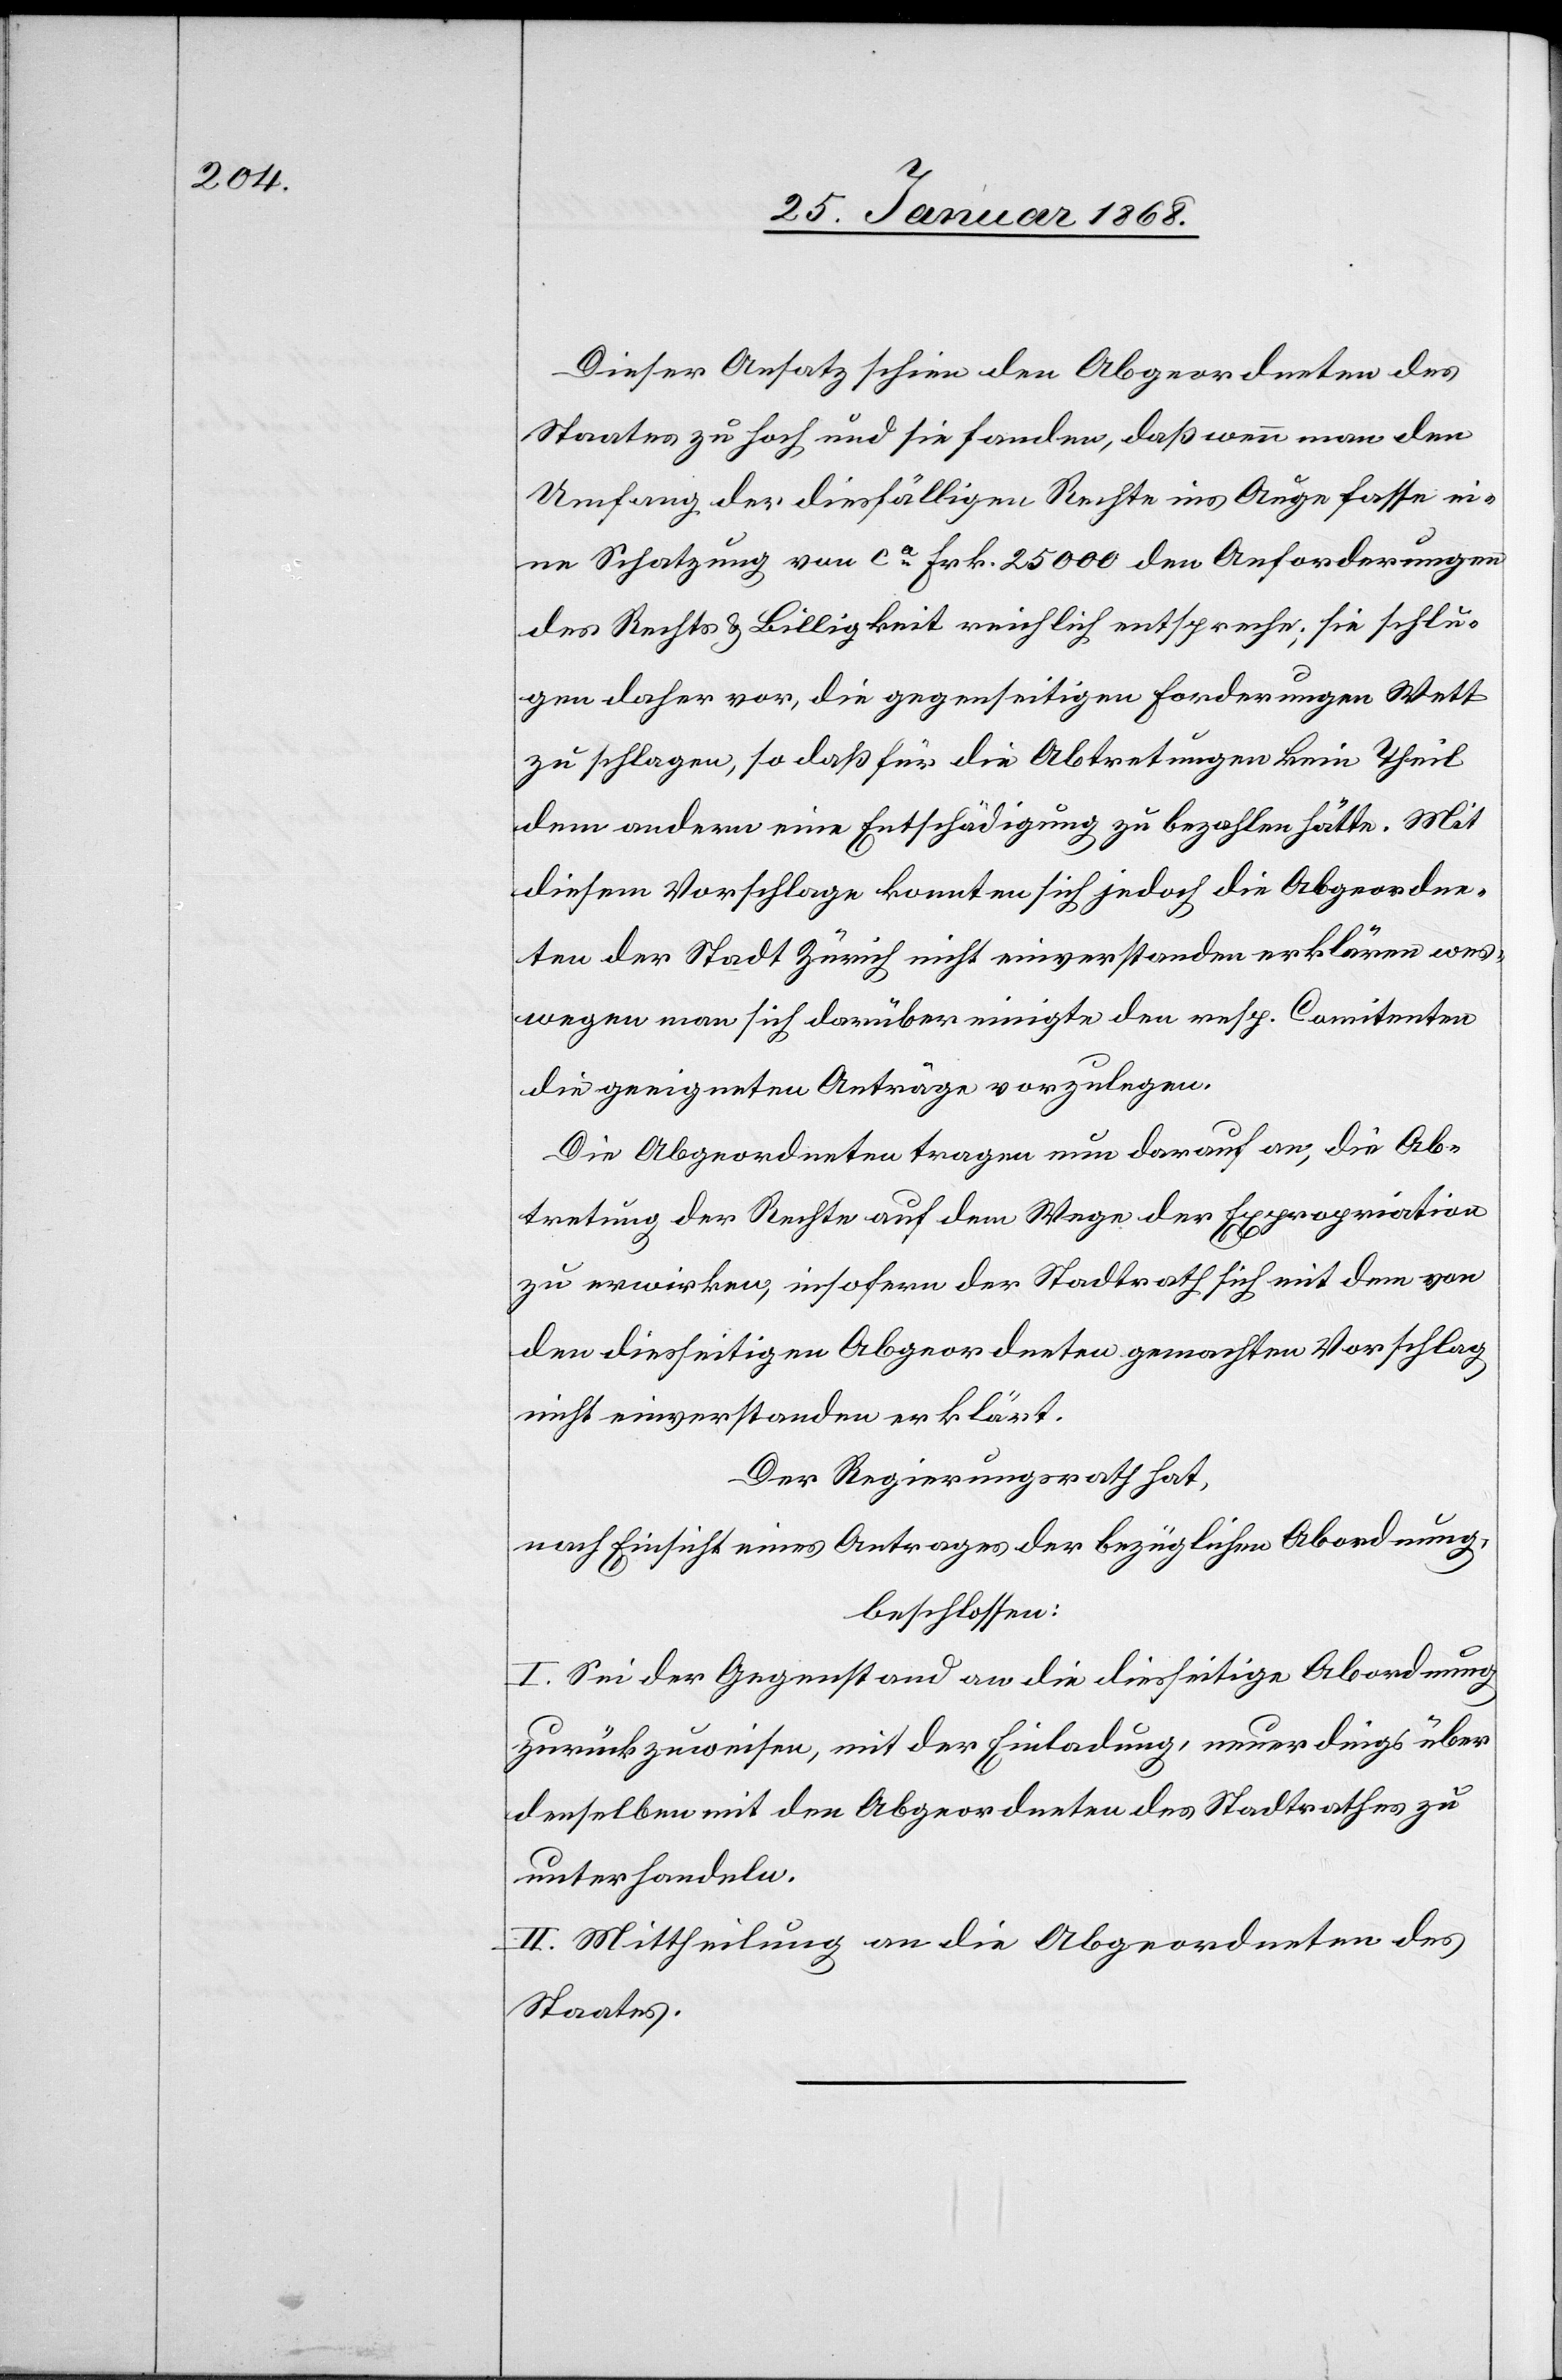
Dieser Ansatz schien den Abgeordneten des
Staates zu hoch und sie fanden, daß wenn man den
Umfang der diesfälligen Rechte ins Auge fasse ei¬
ne Schatzung von ca. Frk. 25 000 den Anforderungen
des Rechts & Billigkeit reichlich entspreche; sie schlu¬
gen daher vor, die gegenseitigen Forderungen Wett
zu schlagen, so daß für die Abtretungen kein Theil
dem andern eine Entschädigung zu bezahlen hätte. Mit
diesem Vorschlage konnten sich jedoch die Abgeordne¬
ten der Stadt Zürich nicht einverstanden erklären wes¬
wegen man sich darüber einigte den resp. Comitenten
die geeigneten Anträge vorzulegen.
Die Abgeordneten tragen nun darauf an, die Ab¬
tretung der Rechte auf dem Wege der Expropriation
zu erwirken, insofern der Stadtrath sich mit dem von
den diesseitigen Abgeordneten gemachten Vorschlag
nicht einverstanden erklärt.[“]
Der Regierungsrath hat,
nach Einsicht eines Antrages der bezüglichen Abordnung,
beschlossen:
I. Sei der Gegenstand an die diesseitige Abordnung
zurückzuweisen, mit der Einladung, neuerdings über
denselben mit den Abgeordneten des Stadtrathes zu
unterhandeln.
II. Mittheilung an die Abgeordneten des
Staates.